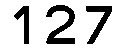
127